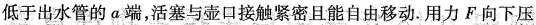
低于出水管的a端，活塞与壶口接触紧密且能自由移动。用力F向下压